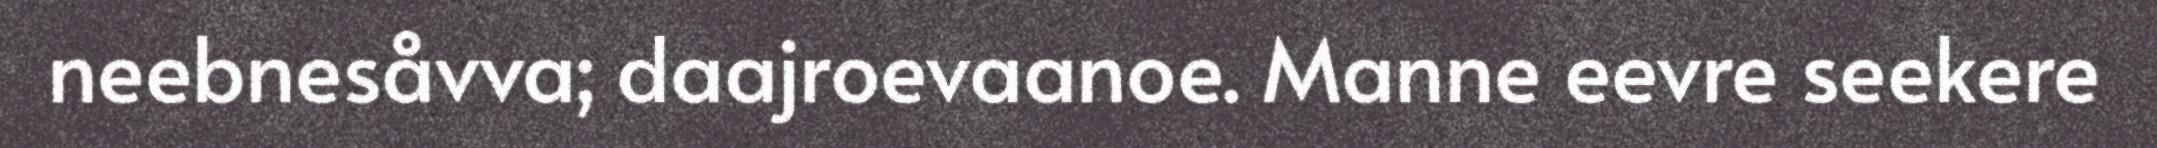
neebnesåvva; daajroevaanoe. Manne eevre seekere